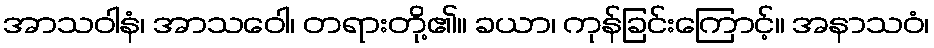
အာသဝါနံ၊ အာသဝေါ၊ တရားတို့၏။ ခယာ၊ ကုန်ခြင်းကြောင့်။ အနာသဝံ၊